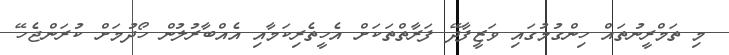
މި ތަމްރީނުތައް ހިންގުމުގައި ވަޒީފާދޭ ފަރާތްތަކަށް އެހީތެރިކަމާއި އެއްބާރުލުން ހޯދުމަށް ކުރަންޖެހޭ